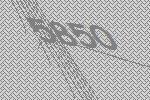
5850